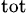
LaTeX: \mathrm{_{tot}}